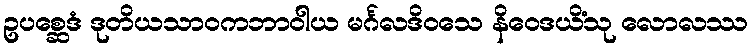
ဥပစ္ဆေဒံ ဒုတိယသာဝကဘာဝါယ မင်္ဂလဒိဝသေ နိဝေဒယိံသု လောလဿ